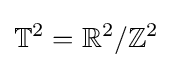
\mathbb {T} ^{2}=\mathbb {R} ^{2}/\mathbb {Z} ^{2}